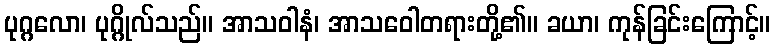
ပုဂ္ဂလော၊ ပုဂ္ဂိုလ်သည်။ အာသဝါနံ၊ အာသဝေါတရားတို့၏။ ခယာ၊ ကုန်ခြင်းကြောင့်။